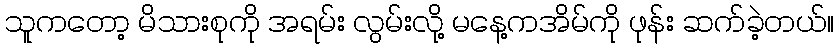
သူကတော့ မိသားစုကို အရမ်း လွမ်းလို့ မနေ့ကအိမ်ကို ဖုန်း ဆက်ခဲ့တယ်။